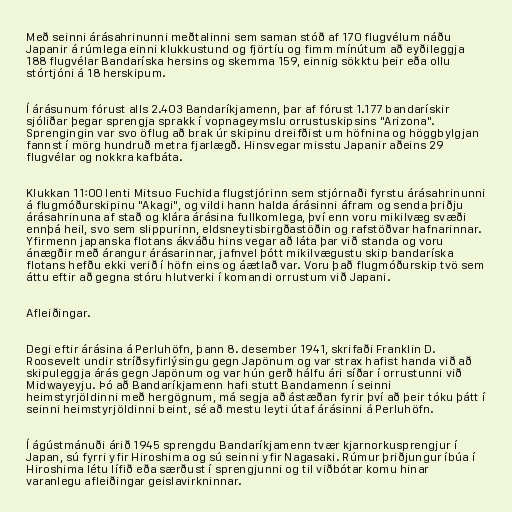
Með seinni árásahrinunni meðtalinni sem saman stóð af 170 flugvélum náðu
Japanir á rúmlega einni klukkustund og fjörtíu og fimm mínútum að eyðileggja
188 flugvélar Bandaríska hersins og skemma 159, einnig sökktu þeir eða ollu
stórtjóni á 18 herskipum.

Í árásunum fórust alls 2.403 Bandaríkjamenn, þar af fórust 1.177 bandarískir
sjóliðar þegar sprengja sprakk í vopnageymslu orrustuskipsins "Arizona".
Sprengingin var svo öflug að brak úr skipinu dreifðist um höfnina og höggbylgjan
fannst í mörg hundruð metra fjarlægð. Hinsvegar misstu Japanir aðeins 29
flugvélar og nokkra kafbáta.

Klukkan 11:00 lenti Mitsuo Fuchida flugstjórinn sem stjórnaði fyrstu árásahrinunni
á flugmóðurskipinu "Akagi", og vildi hann halda árásinni áfram og senda þriðju
árásahrinuna af stað og klára árásina fullkomlega, því enn voru mikilvæg svæði
ennþá heil, svo sem slippurinn, eldsneytisbirgðastöðin og rafstöðvar hafnarinnar.
Yfirmenn japanska flotans ákváðu hins vegar að láta þar við standa og voru
ánægðir með árangur árásarinnar, jafnvel þótt mikilvægustu skip bandaríska
flotans hefðu ekki verið í höfn eins og áætlað var. Voru það flugmóðurskip tvö sem
áttu eftir að gegna stóru hlutverki í komandi orrustum við Japani.

Afleiðingar.

Degi eftir árásina á Perluhöfn, þann 8. desember 1941, skrifaði Franklin D.
Roosevelt undir stríðsyfirlýsingu gegn Japönum og var strax hafist handa við að
skipuleggja árás gegn Japönum og var hún gerð hálfu ári síðar í orrustunni við
Midwayeyju. Þó að Bandaríkjamenn hafi stutt Bandamenn í seinni
heimstyrjöldinni með hergögnum, má segja að ástæðan fyrir því að þeir tóku þátt í
seinni heimstyrjöldinni beint, sé að mestu leyti útaf árásinni á Perluhöfn.

Í ágústmánuði árið 1945 sprengdu Bandaríkjamenn tvær kjarnorkusprengjur í
Japan, sú fyrri yfir Hiroshima og sú seinni yfir Nagasaki. Rúmur þriðjungur íbúa í
Hiroshima létu lífið eða særðust í sprengjunni og til viðbótar komu hinar
varanlegu afleiðingar geislavirkninnar.